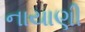
નાયાણી